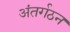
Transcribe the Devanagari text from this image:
अंतर्गठन